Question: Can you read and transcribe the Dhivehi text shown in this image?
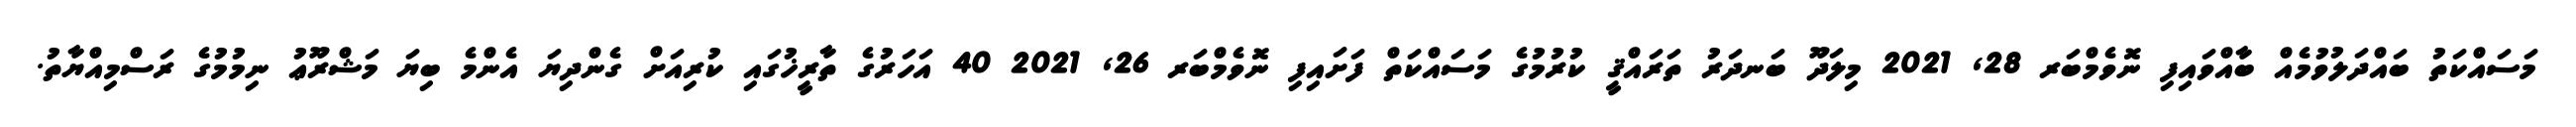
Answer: މަސައްކަތު ބައްދަލުވުމެއް ބާއްވައިފި ނޮވެމްބަރ 28, 2021 މިލަދޫ ބަނދަރު ތަރައްޤީ ކުރުމުގެ މަސައްކަތް ފަށައިފި ނޮވެމްބަރ 26, 2021 40 އަހަރުގެ ތާރީޚުގައި ކުރިއަށް ގެންދިޔަ އެންމެ ބިޔަ މަޝްރޫޢު ނިމުމުގެ ރަސްމިއްޔާތު.